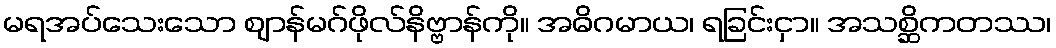
မရအပ်သေးသော ဈာန်မဂ်ဖိုလ်နိဗ္ဗာန်ကို။ အဓိဂမာယ၊ ရခြင်းငှာ။ အသစ္ဆိကတဿ၊